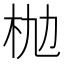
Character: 𣏫